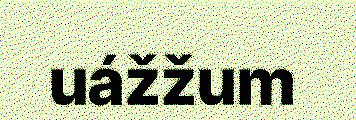
uážžum